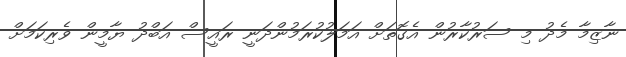
ނާޒިމާ މެދު މި ސަރުކާރުން އެގޮތަށް އަމަލުކުރަމުންދަނީ ރައީސް އަބްދު ޔާމީން ވެރިކަމަށް